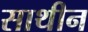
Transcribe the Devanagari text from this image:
साथीन